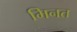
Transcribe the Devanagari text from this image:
मिनत